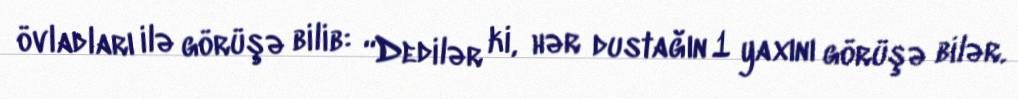
övladları ilə görüşə bilib: “Dedilər ki, hər dustağın 1 yaxını görüşə bilər.